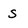
Character: S